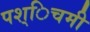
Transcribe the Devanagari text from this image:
पश्िचमी